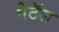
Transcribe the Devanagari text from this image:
पेटॅल